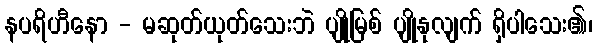
နပရိဟီနော - မဆုတ်ယုတ်သေးဘဲ ပျိုမြစ် ပျိုနုလျက် ရှိပါသေး၏၊